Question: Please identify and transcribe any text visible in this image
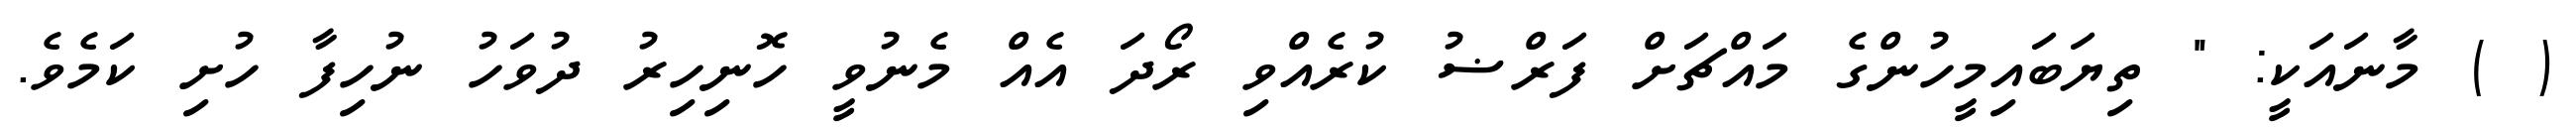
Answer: ( ) މާނައަކީ: " ތިޔަބައިމީހުންގެ މައްޗަށް ފަރްޟު ކުރެއްވި ރޯދަ އެއް މެނުވީ ހޮނިހިރު ދުވަހު ނުހިފާ ހުށި ކަމެވެ.